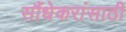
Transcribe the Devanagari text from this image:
सौंधेकरांसाठी